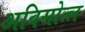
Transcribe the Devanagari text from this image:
अविसोत्ल